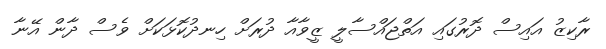
ރާކިޒު އައިސް ދޮރުގައި އަތްޖައްސާލީ ޒީވާއާ ދުރަށް ހިނދުކޮޅަކަށް ވެސް ދާން އޭނާ